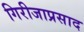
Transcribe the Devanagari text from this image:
गिरीजाप्रसाद